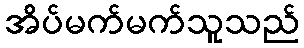
အိပ်မက်မက်သူသည်